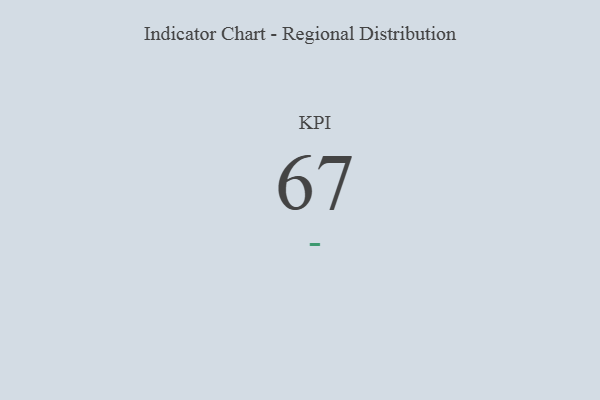
{"axis": {"x": "KPI", "y": "Value"}, "legend": [""], "data": [{"x": "KPI", "y": 67, "type": ""}]}